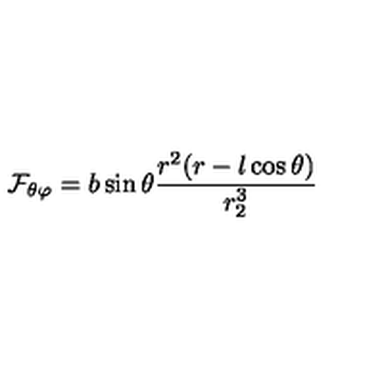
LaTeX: { \cal F } _ { \theta \varphi } = b \sin \theta { \frac { r ^ { 2 } ( r - l \cos \theta ) } { r _ { 2 } ^ { 3 } } }